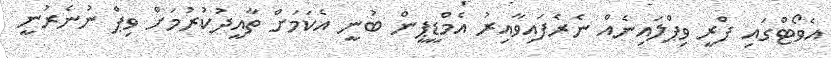
އެވޯޓްގައި ފްރީ ވިޕްލައިނެއް ނެރެފައިވާއިރު އެމްޑީޕީން ބުނީ އެކަމަށް ތާއީދުކުރުމަށް ވިޕް ނުނެރުނީ